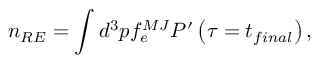
n _ { R E } = \int d ^ { 3 } p f _ { e } ^ { M J } P ^ { \prime } \left( \tau = t _ { f i n a l } \right) ,